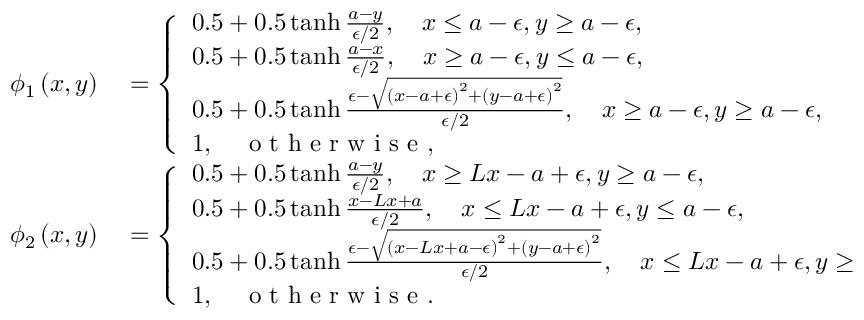
\begin{array} { r l } { \phi _ { 1 } \left( x , y \right) } & { { } = \left\{ \begin{array} { l l } { 0 . 5 + 0 . 5 \operatorname { t a n h } \frac { a - y } { \epsilon / 2 } , \quad x \leq a - \epsilon , y \geq a - \epsilon , } \\ { 0 . 5 + 0 . 5 \operatorname { t a n h } \frac { a - x } { \epsilon / 2 } , \quad x \geq a - \epsilon , y \leq a - \epsilon , } \\ { 0 . 5 + 0 . 5 \operatorname { t a n h } \frac { \epsilon - \sqrt { \left( x - a + \epsilon \right) ^ { 2 } + \left( y - a + \epsilon \right) ^ { 2 } } } { \epsilon / 2 } , \quad x \geq a - \epsilon , y \geq a - \epsilon , } \\ { 1 , \quad \mathrm { ~ o ~ t ~ h ~ e ~ r ~ w ~ i ~ s ~ e ~ } , } \end{array} \right. } \\ { \phi _ { 2 } \left( x , y \right) } & { { } = \left\{ \begin{array} { l l } { 0 . 5 + 0 . 5 \operatorname { t a n h } \frac { a - y } { \epsilon / 2 } , \quad x \geq L x - a + \epsilon , y \geq a - \epsilon , } \\ { 0 . 5 + 0 . 5 \operatorname { t a n h } \frac { x - L x + a } { \epsilon / 2 } , \quad x \leq L x - a + \epsilon , y \leq a - \epsilon , } \\ { 0 . 5 + 0 . 5 \operatorname { t a n h } \frac { \epsilon - \sqrt { \left( x - L x + a - \epsilon \right) ^ { 2 } + \left( y - a + \epsilon \right) ^ { 2 } } } { \epsilon / 2 } , \quad x \leq L x - a + \epsilon , y \geq a - \epsilon , } \\ { 1 , \quad \mathrm { ~ o ~ t ~ h ~ e ~ r ~ w ~ i ~ s ~ e ~ } . } \end{array} \right. } \end{array}